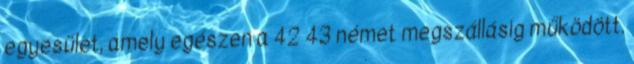
egyesület, amely egészen a 42 43 német megszállásig működött.